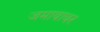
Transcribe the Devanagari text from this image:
जमावावर